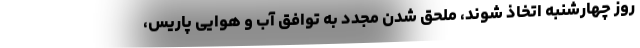
روز چهارشنبه اتخاذ شوند، ملحق شدن مجدد به توافق آب و هوایی پاریس،